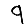
Digit: 9